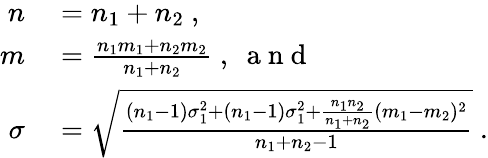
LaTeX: \begin{array}{rl}{n}&{{}=n_{1}+n_{2}\ ,}\\ {m}&{{}=\frac{n_{1}m_{1}+n_{2}m_{2}}{n_{1}+n_{2}}\ ,\ \mathrm{~a~n~d~}}\\ {\sigma}&{{}=\sqrt{\frac{(n_{1}-1)\sigma_{1}^{2}+(n_{1}-1)\sigma_{1}^{2}+\frac{n_{1}n_{2}}{n_{1}+n_{2}}(m_{1}-m_{2})^{2}}{n_{1}+n_{2}-1}}\ .}\end{array}